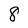
Character: 8